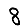
Digit: 8